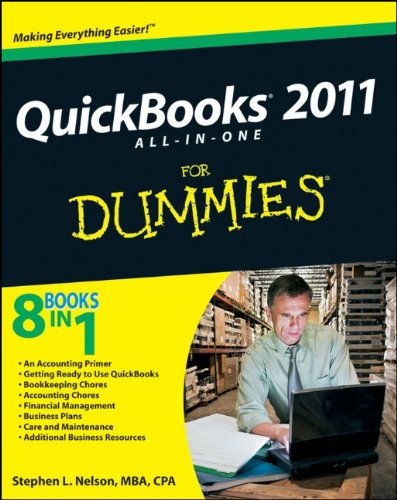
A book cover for QuickBooks 2011 All-in-One For Dummies; Stephen L. Nelson; Computers & Technology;